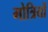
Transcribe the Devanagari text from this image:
गोत्रियों